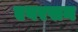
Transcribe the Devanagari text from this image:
एवरसन